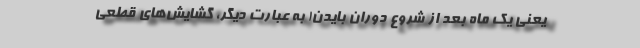
یعنی یک ماه بعد از شروع دوران بایدن! به عبارت دیگر، گشایش‌های قطعی